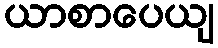
ယာစာပေယျ